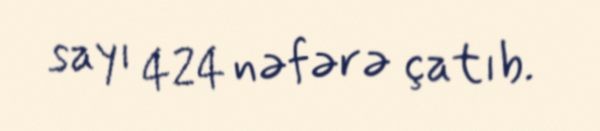
sayı 424 nəfərə çatıb.